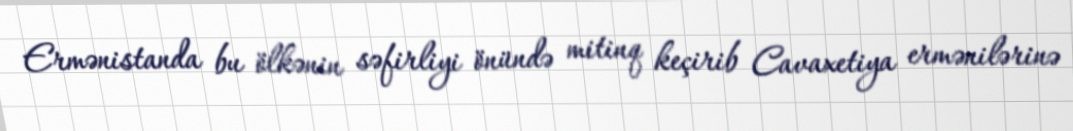
Ermənistanda bu ölkənin səfirliyi önündə mitinq keçirib Cavaxetiya ermənilərinə